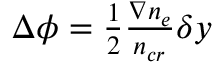
\begin{array} { r } { \Delta \phi = \frac { 1 } { 2 } \frac { \nabla n _ { e } } { n _ { c r } } \delta y } \end{array}